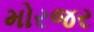
મોરજર